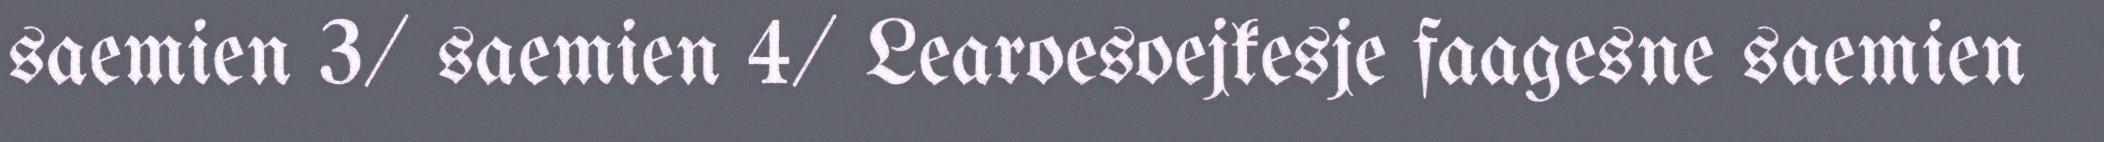
saemien 3/ saemien 4/ Learoesoejkesje faagesne saemien